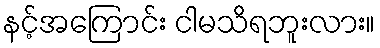
နင့်အကြောင်း ငါမသိရဘူးလား။